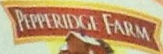
PEPPERIDGE FARM